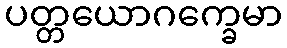
ပတ္တယောဂက္ခေမာ